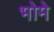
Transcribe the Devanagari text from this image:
भोमे